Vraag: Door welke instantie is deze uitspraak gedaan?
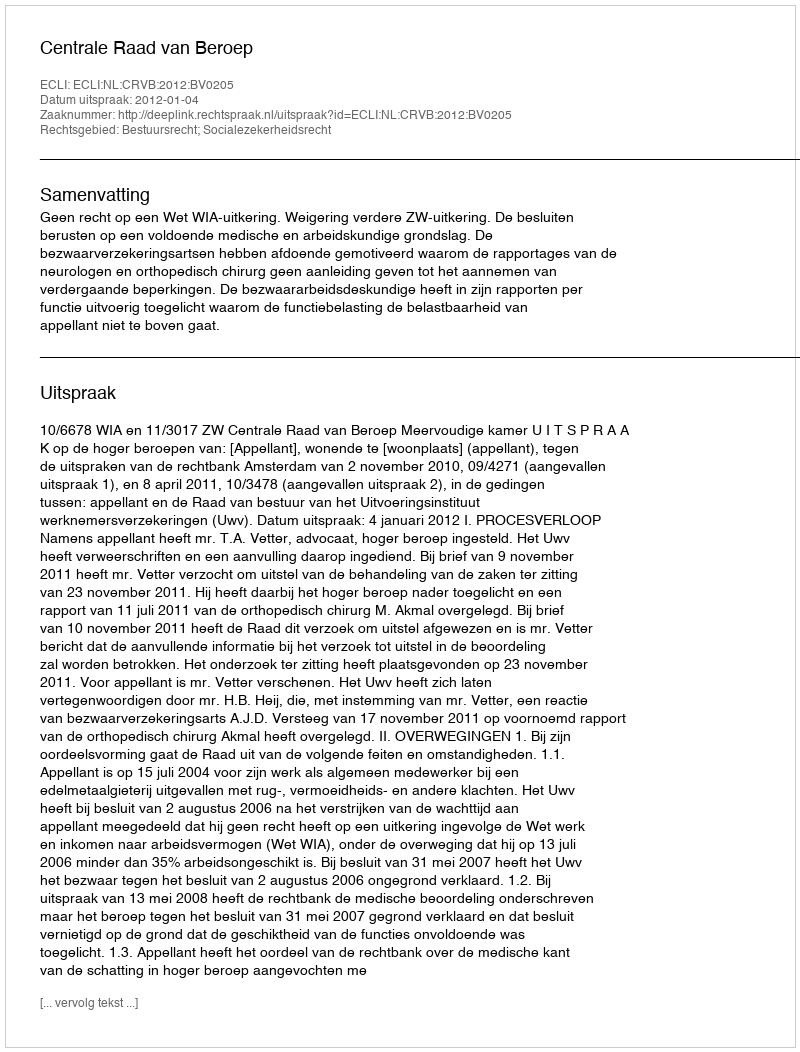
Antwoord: Centrale Raad van Beroep